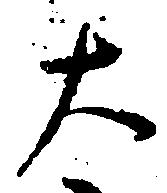
大